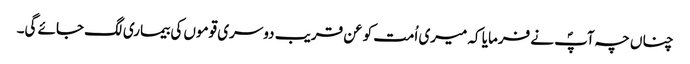
چناں چہ آپؐ نے فرمایا کہ میری اُمت کو عن قریب دوسری قوموں کی بیماری لگ جائے گی۔